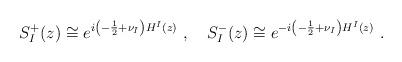
LaTeX: \begin{align*}S^{+}_{I}(z) \cong e^{i\left(-\frac{1}{2}+\nu_{I}\right)H^{I}(z)}~,\quad S^{-}_{I}(z) \cong e^{-i\left(-\frac{1}{2}+\nu_{I}\right)H^{I}(z)}~.\end{align*}